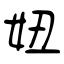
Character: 妞